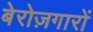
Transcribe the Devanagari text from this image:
बेरोज़गारों